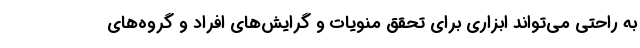
به راحتی می‌تواند ابزاری برای تحقق منویات و گرایش‌های افراد و گروه‌های